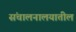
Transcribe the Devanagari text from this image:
संचालनालयातील